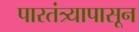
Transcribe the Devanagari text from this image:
पारतंत्र्यापासून